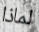
لماذا